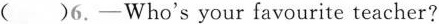
()6.-Who's your favourite teacher?